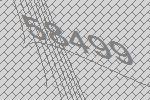
58499